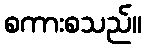
စကားစသည်။